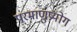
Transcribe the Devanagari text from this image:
परमाणुप्रयोग